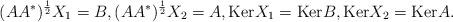
LaTeX: \begin{align*} (AA^*)^{\frac{1}{2}}X_1=B,(AA^*)^{\frac{1}{2}}X_2=A, {\rm Ker} X_1={\rm Ker} B,{\rm Ker} X_2={\rm Ker} A.\end{align*}